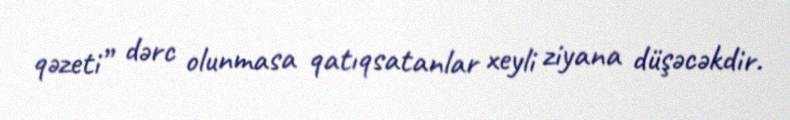
qəzeti” dərc olunmasa qatıqsatanlar xeyli ziyana düşəcəkdir.